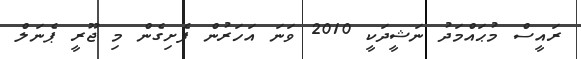
ރައީސް މުޙައްމަދު ނަޝީދަކީ 2010 ވަނަ އަހަރުން ފެށިގެން މި ޖޫރީ ޕެނަލް